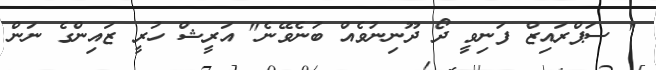
" ސަޕްރައިޒް ފަނިވީ ދޯ ދޫނިނުވެއް ބުނެވޭނެ" އަރީޝް ހުރީ ޒައިންގެ ނަން